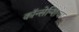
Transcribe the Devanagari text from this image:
कॉन्सेन्शिया